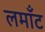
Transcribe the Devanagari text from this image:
लमाँट